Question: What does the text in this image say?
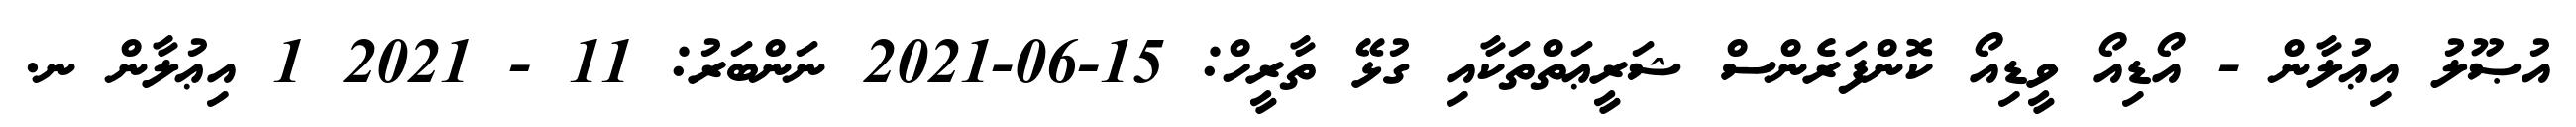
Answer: އުޞޫލު އިޢުލާން - އޯޑިއޯ ވީޑިއޯ ކޮންފަރެންސް ޝަރީޢަތްތަކާއި ގުޅޭ ތާރީހް: 15-06-2021 ނަންބަރު: 11 - 2021 1 އިޢުލާން ނ.